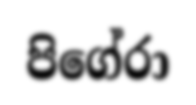
පිගේරා